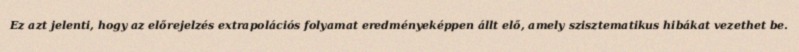
Ez azt jelenti, hogy az előrejelzés extrapolációs folyamat eredményeképpen állt elő, amely szisztematikus hibákat vezethet be.